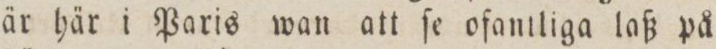
är här i Paris wan att ſe ofantliga laß på